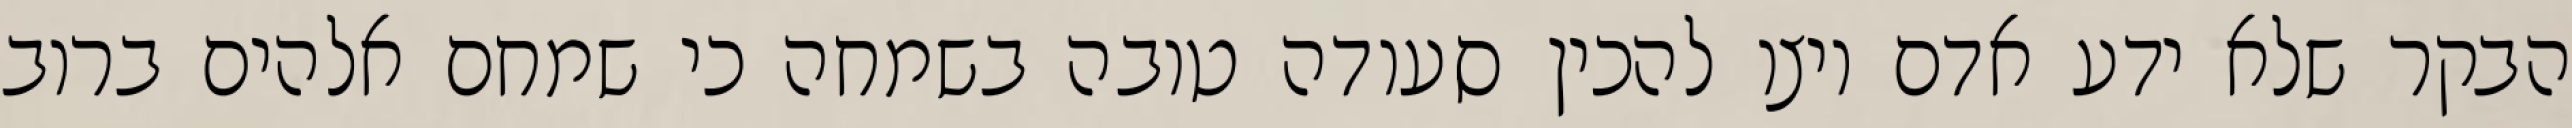
הבקר שלא ידע אדם ויצו להכין סעודה טובה בשמחה כי שמחם אלהים ברוב